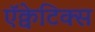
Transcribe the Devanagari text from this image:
ऍक्वेटिक्स